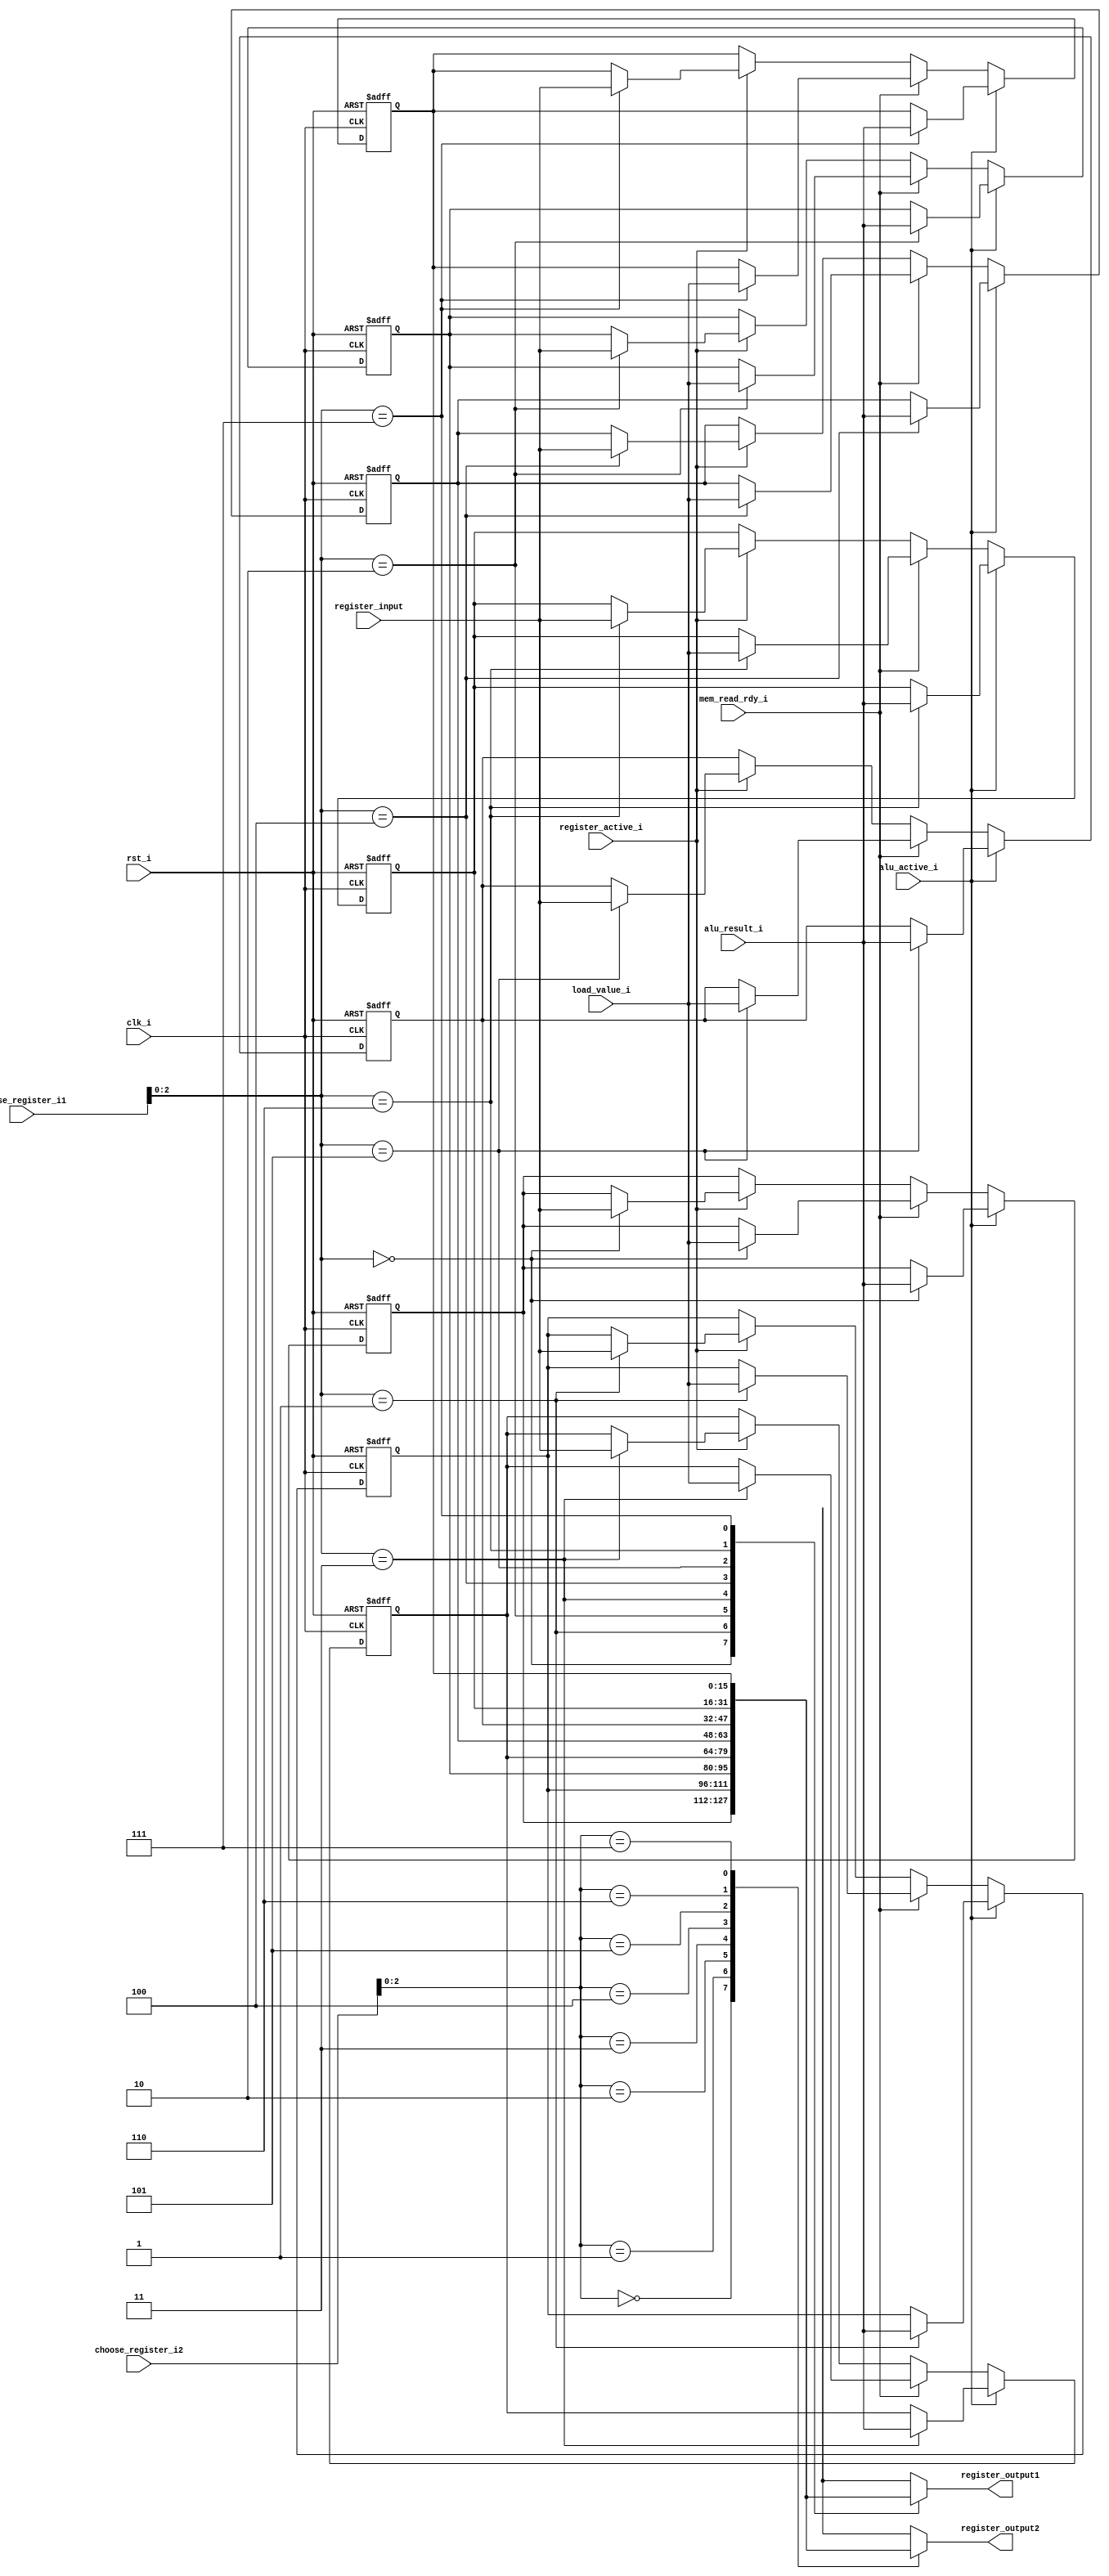
//-----------------------------------------------------------------------------
// Creation time : 11:39:39
// Description   : Stores registers and the logic needed to access them. In case of multiple simultaenous writes, the one with most priority is done.
// Tool : Kactus2 3.4.106 32-bit
// Plugin : Verilog generator 2.0e
// This file was generated based on IP-XACT component tut.fi:cpu.logic:register_bank:1.0
// whose XML file is D:/kactus2Repos/ipxactexamplelib/tut.fi/cpu.logic/register_bank/1.0/register_bank.1.0.xml
//-----------------------------------------------------------------------------

module register_bank #(
    parameter                              DATA_WIDTH       = 16,    // Width for data in registers and instructions.
    parameter                              REGISTER_ID_WIDTH = 4,    // Bits reserved for identification a single register.
    parameter                              REGISTER_COUNT   = 8    // How many registers are supported in the core.
) (
    // Interface: cpu_clk_sink
    input                               clk_i,    // The mandatory clock, as this is synchronous logic.
    input                               rst_i,    // The mandatory reset, as this is synchronous logic.

    // Interface: cpu_system
    input                               alu_active_i,
    input          [DATA_WIDTH-1:0]     alu_result_i,
    input          [REGISTER_ID_WIDTH-1:0] choose_register_i1,
    input          [REGISTER_ID_WIDTH-1:0] choose_register_i2,
    input          [DATA_WIDTH-1:0]     load_value_i,
    input                               mem_read_rdy_i,
    input                               register_active_i,
    input          [DATA_WIDTH-1:0]     register_input,
    output reg     [DATA_WIDTH-1:0]     register_output1,
    output reg     [DATA_WIDTH-1:0]     register_output2
);

// WARNING: EVERYTHING ON AND ABOVE THIS LINE MAY BE OVERWRITTEN BY KACTUS2!!!

    // The registers.
    reg [DATA_WIDTH-1:0] registers [REGISTER_COUNT-1:0];
    // Iterator for the reset
    integer index;
    
    always @* begin
        // Select new output when ever registers are activated.
        register_output1 <= registers[choose_register_i1];
        register_output2 <= registers[choose_register_i2];
    end
    
    always @(posedge clk_i or posedge rst_i) begin
        if(rst_i == 1'b1) begin
            for (index = 0; index < REGISTER_COUNT; index = index + 1) begin
                registers[index] <= 0;
            end
        end
        else begin
            if (alu_active_i) begin
                // Alu is expected to yield a value: Save to the register.
                registers[choose_register_i1] <= alu_result_i;
            end
            else if (mem_read_rdy_i) begin
                // Alu is expected to yield a value: Save to the register.
                registers[choose_register_i1] <= load_value_i;
            end
            else if (register_active_i) begin
                // Alu is expected to yield a value: Save to the register.
                registers[choose_register_i1] <= register_input[DATA_WIDTH-1:0];
            end
        end
    end
endmodule